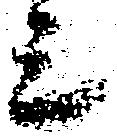
上